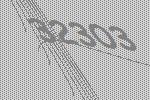
32303